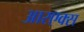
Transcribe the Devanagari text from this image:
आरएक्स